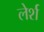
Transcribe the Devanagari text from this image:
लेर्श